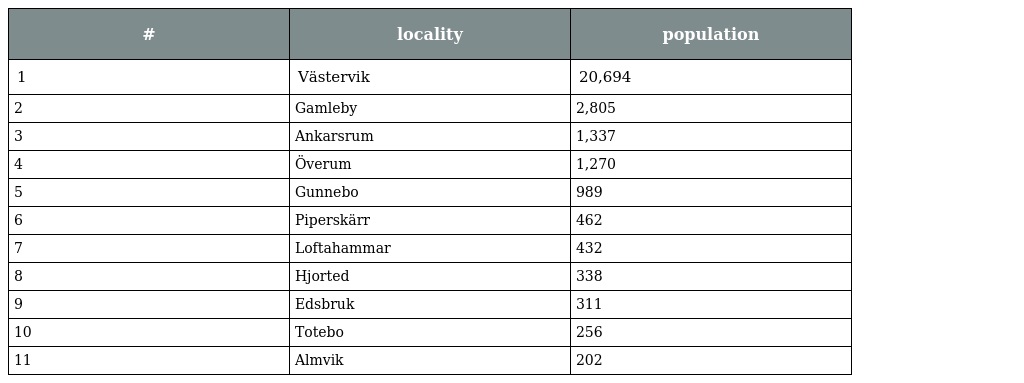
| # | locality | population |
 | --- | --- | --- |
 | 1 | Västervik | 20,694 |
 | 2 | Gamleby | 2,805 |
 | 3 | Ankarsrum | 1,337 |
 | 4 | Överum | 1,270 |
 | 5 | Gunnebo | 989 |
 | 6 | Piperskärr | 462 |
 | 7 | Loftahammar | 432 |
 | 8 | Hjorted | 338 |
 | 9 | Edsbruk | 311 |
 | 10 | Totebo | 256 |
 | 11 | Almvik | 202 |